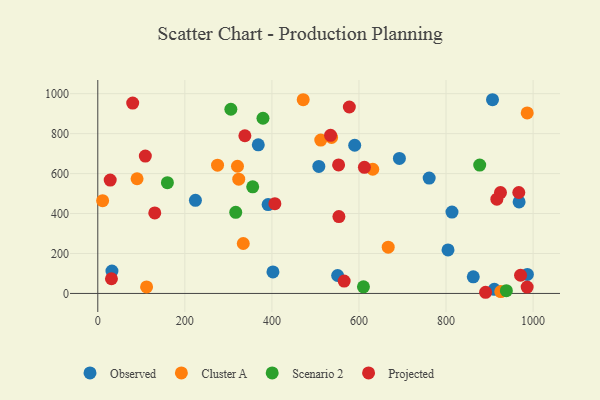
{"axis": {"x": "Price", "y": "Demand"}, "legend": ["Cluster A", "Observed", "Projected", "Scenario 2"], "data": [{"x": "692.9", "y": 675.8, "type": "Observed"}, {"x": "391.3", "y": 445.1, "type": "Observed"}, {"x": "507.8", "y": 636.0, "type": "Observed"}, {"x": "402.4", "y": 108.0, "type": "Observed"}, {"x": "986.9", "y": 95.4, "type": "Observed"}, {"x": "813.7", "y": 407.2, "type": "Observed"}, {"x": "804.6", "y": 218.1, "type": "Observed"}, {"x": "32.5", "y": 112.1, "type": "Observed"}, {"x": "862.6", "y": 83.4, "type": "Observed"}, {"x": "911.0", "y": 20.5, "type": "Observed"}, {"x": "967.9", "y": 457.9, "type": "Observed"}, {"x": "224.3", "y": 466.2, "type": "Observed"}, {"x": "551.0", "y": 89.8, "type": "Observed"}, {"x": "761.3", "y": 577.7, "type": "Observed"}, {"x": "368.7", "y": 744.1, "type": "Observed"}, {"x": "590.2", "y": 741.9, "type": "Observed"}, {"x": "906.8", "y": 969.7, "type": "Observed"}, {"x": "986.5", "y": 903.8, "type": "Cluster A"}, {"x": "537.1", "y": 781.0, "type": "Cluster A"}, {"x": "320.9", "y": 636.7, "type": "Cluster A"}, {"x": "323.8", "y": 571.8, "type": "Cluster A"}, {"x": "112.1", "y": 32.6, "type": "Cluster A"}, {"x": "667.2", "y": 231.5, "type": "Cluster A"}, {"x": "334.2", "y": 250.0, "type": "Cluster A"}, {"x": "631.7", "y": 621.8, "type": "Cluster A"}, {"x": "11.1", "y": 464.6, "type": "Cluster A"}, {"x": "275.1", "y": 641.9, "type": "Cluster A"}, {"x": "925.7", "y": 9.2, "type": "Cluster A"}, {"x": "471.9", "y": 969.7, "type": "Cluster A"}, {"x": "90.2", "y": 574.1, "type": "Cluster A"}, {"x": "512.2", "y": 767.7, "type": "Cluster A"}, {"x": "938.6", "y": 13.9, "type": "Scenario 2"}, {"x": "877.4", "y": 642.5, "type": "Scenario 2"}, {"x": "355.9", "y": 533.5, "type": "Scenario 2"}, {"x": "159.9", "y": 554.6, "type": "Scenario 2"}, {"x": "305.7", "y": 922.1, "type": "Scenario 2"}, {"x": "316.9", "y": 406.3, "type": "Scenario 2"}, {"x": "610.3", "y": 33.3, "type": "Scenario 2"}, {"x": "379.5", "y": 876.9, "type": "Scenario 2"}, {"x": "130.9", "y": 403.0, "type": "Projected"}, {"x": "80.2", "y": 952.8, "type": "Projected"}, {"x": "967.2", "y": 505.3, "type": "Projected"}, {"x": "566.0", "y": 61.8, "type": "Projected"}, {"x": "553.2", "y": 643.3, "type": "Projected"}, {"x": "337.9", "y": 789.3, "type": "Projected"}, {"x": "986.4", "y": 31.7, "type": "Projected"}, {"x": "28.5", "y": 567.3, "type": "Projected"}, {"x": "925.1", "y": 504.9, "type": "Projected"}, {"x": "31.4", "y": 73.7, "type": "Projected"}, {"x": "890.9", "y": 5.9, "type": "Projected"}, {"x": "971.2", "y": 91.0, "type": "Projected"}, {"x": "534.7", "y": 791.3, "type": "Projected"}, {"x": "406.8", "y": 449.5, "type": "Projected"}, {"x": "109.2", "y": 687.6, "type": "Projected"}, {"x": "612.5", "y": 631.5, "type": "Projected"}, {"x": "553.9", "y": 384.8, "type": "Projected"}, {"x": "916.8", "y": 471.9, "type": "Projected"}, {"x": "577.9", "y": 933.4, "type": "Projected"}]}